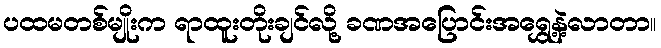
ပထမတစ်မျိုးက ရာထူးတိုးချင်လို့ ခဏအပြောင်းအရွှေ့နဲ့လာတာ။